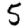
Digit: 5